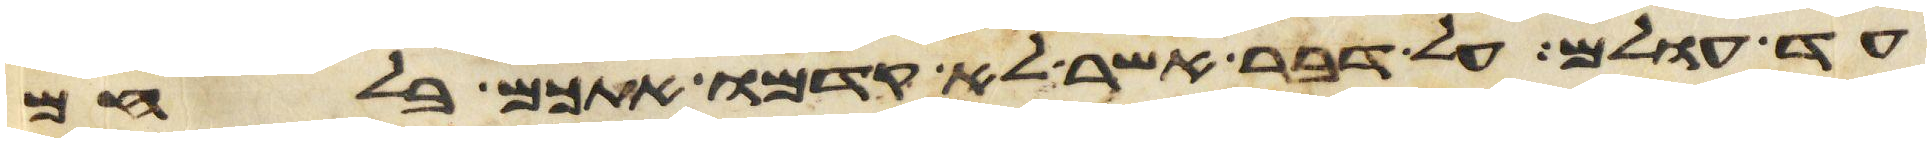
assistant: עד עולם על דבר אשר לא קדמו אתכם בלחם